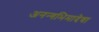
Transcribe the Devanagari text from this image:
अनन्गभिमादेवा